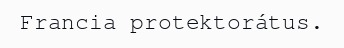
Francia protektorátus.